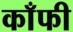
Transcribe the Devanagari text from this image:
काँफी